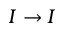
I \rightarrow I